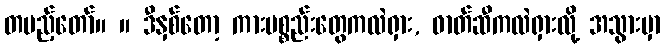
တပည့်တော်။ ။ ဒီနှစ်တော့ ကားပစ္စည်းတွေကလဲရှား, ဓာတ်ဆီကလဲရှားလို့ အသွားမှာ